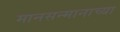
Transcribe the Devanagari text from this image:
मानसन्मानाच्या